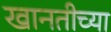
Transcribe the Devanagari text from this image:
खानतीच्या